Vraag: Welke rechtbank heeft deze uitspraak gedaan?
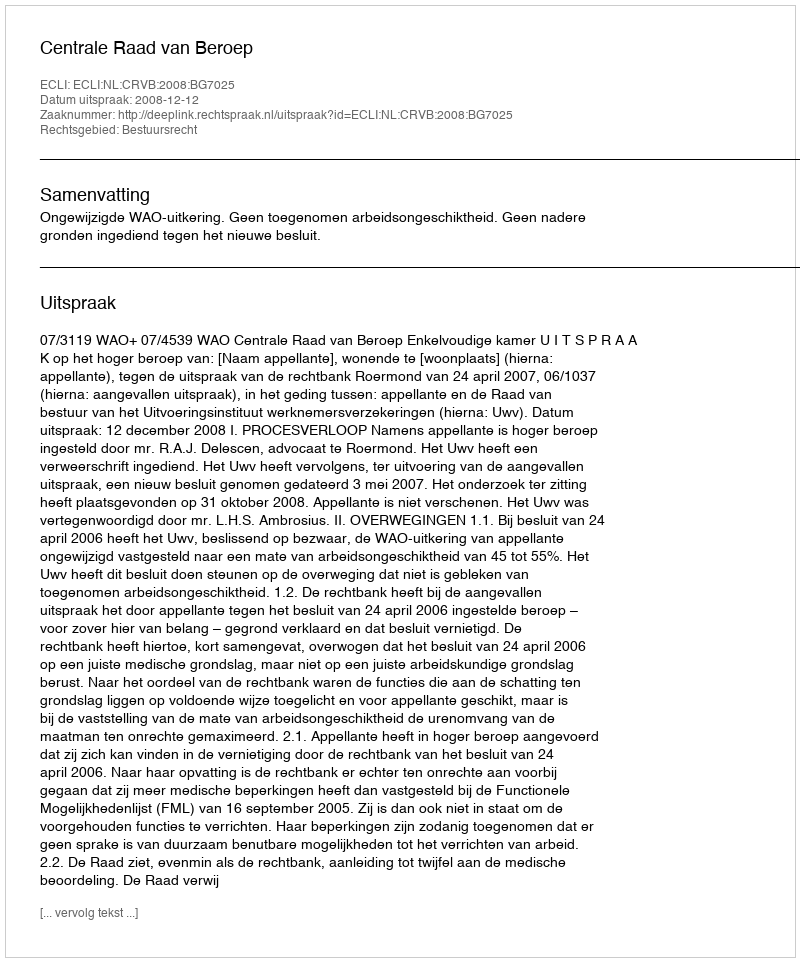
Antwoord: Centrale Raad van Beroep